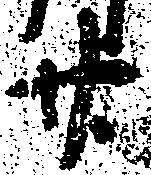
廿